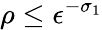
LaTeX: \rho\le\epsilon^{-\sigma_{1}}